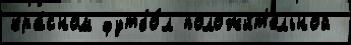
кра́сном футбо́л положи́т'ельной